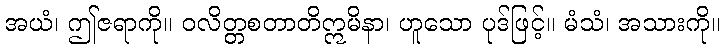
အယံ၊ ဤဇရာကို။ ဝလိတ္တစတာတိဣမိနာ၊ ဟူသော ပုဒ်ဖြင့်။ မံသံ၊ အသားကို။